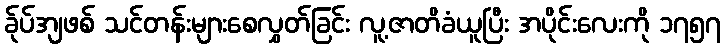
ခ်ုပ်အျဖစ် သင်တန်းများစေလွှတ်ခြင်း လူ့ဇာတိခံယူပြီး အပိုင်းလေးကို ၁၇၅၇